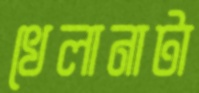
খেলানাটা